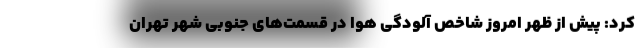
کرد: پیش از ظهر امروز شاخص آلودگی هوا در قسمت‌های جنوبی شهر تهران